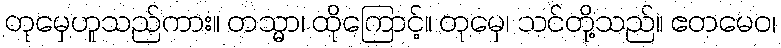
တုမှေဟူသည်ကား။ တသ္မာ၊ ထိုကြောင့်။ တုမှေ၊ သင်တို့သည်။ ဧတမေဝ၊